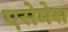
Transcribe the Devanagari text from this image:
एसेमेस